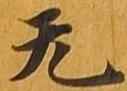
无